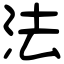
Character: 法